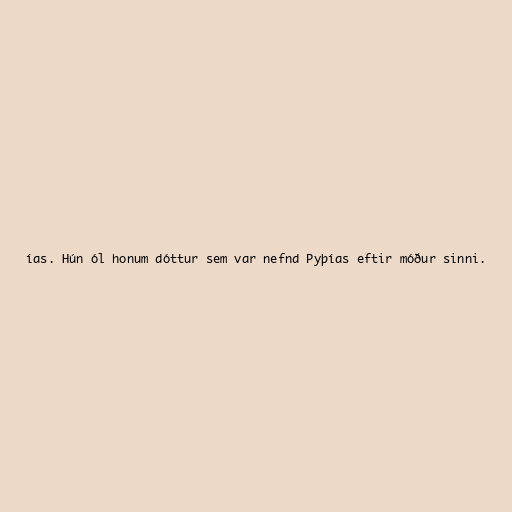
ías. Hún ól honum dóttur sem var nefnd Pyþías eftir móður sinni.